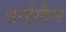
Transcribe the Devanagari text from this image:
डाईलैन